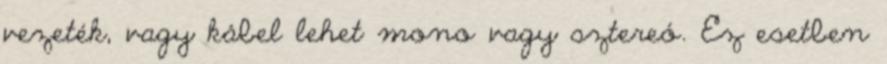
vezeték, vagy kábel lehet mono vagy sztereó. Ez esetben